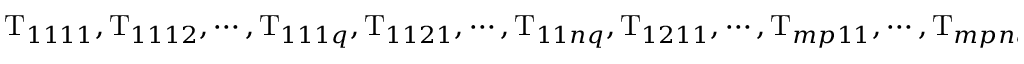
\mathrm { T } _ { 1 1 1 1 } , \mathrm { T } _ { 1 1 1 2 } , \cdots , \mathrm { T } _ { 1 1 1 q } , \mathrm { T } _ { 1 1 2 1 } , \cdots , \mathrm { T } _ { 1 1 n q } , \mathrm { T } _ { 1 2 1 1 } , \cdots , \mathrm { T } _ { m p 1 1 } , \cdots , \mathrm { T } _ { m p n q }